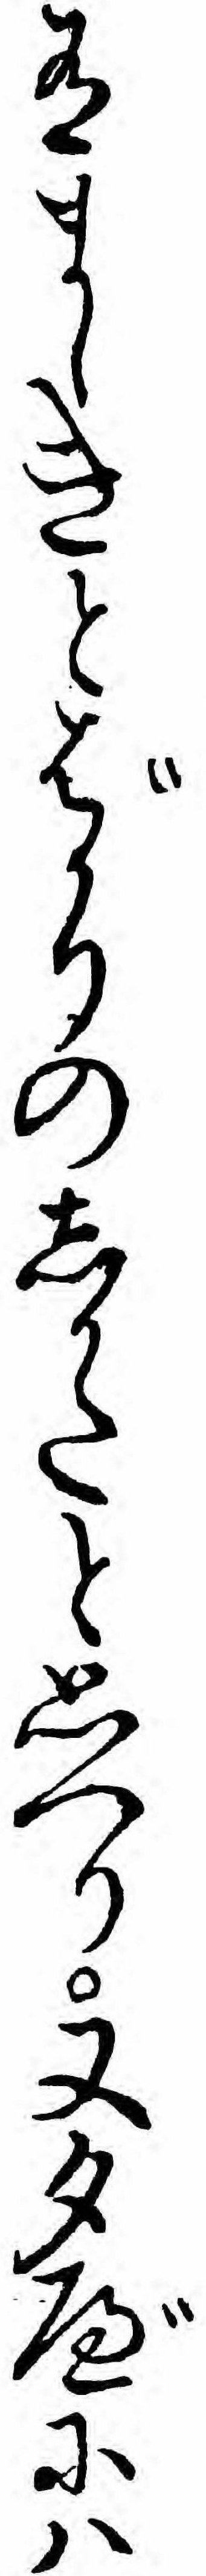
有ましきとばかりのしかたと思へり又夕べにハ